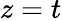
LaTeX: z=t